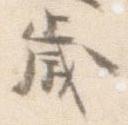
歳